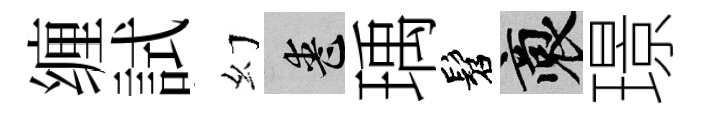
缠試幻喪瑀髫裔璟